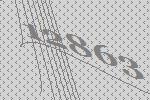
12863